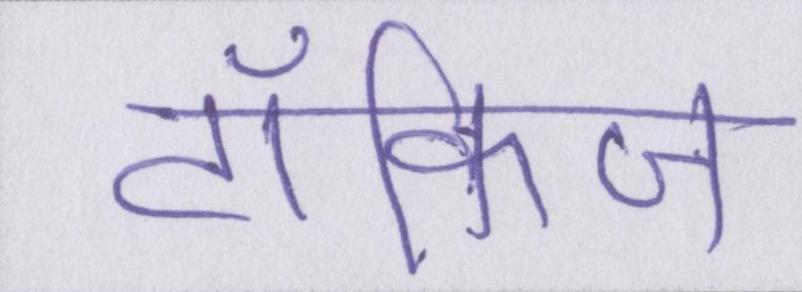
टॉकिज